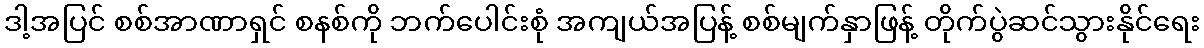
ဒါ့အပြင် စစ်အာဏာရှင် စနစ်ကို ဘက်ပေါင်းစုံ အကျယ်အပြန့် စစ်မျက်နှာဖြန့် တိုက်ပွဲဆင်သွားနိုင်ရေး